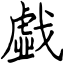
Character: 戱